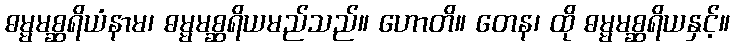
ဓမ္မမစ္ဆရိယံနာမ၊ ဓမ္မမစ္ဆရိယမည်သည်။ ဟောတိ။ တေန၊ ထို ဓမ္မမစ္ဆရိယနှင့်။